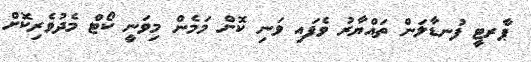
ޕާރޓީ ފުނޑާލަން ތައްޔާރު ވެފައި ވަނި ކޮށް މަމެން މިވަނީ ކޯޓް މެދުވެރިކޮށް